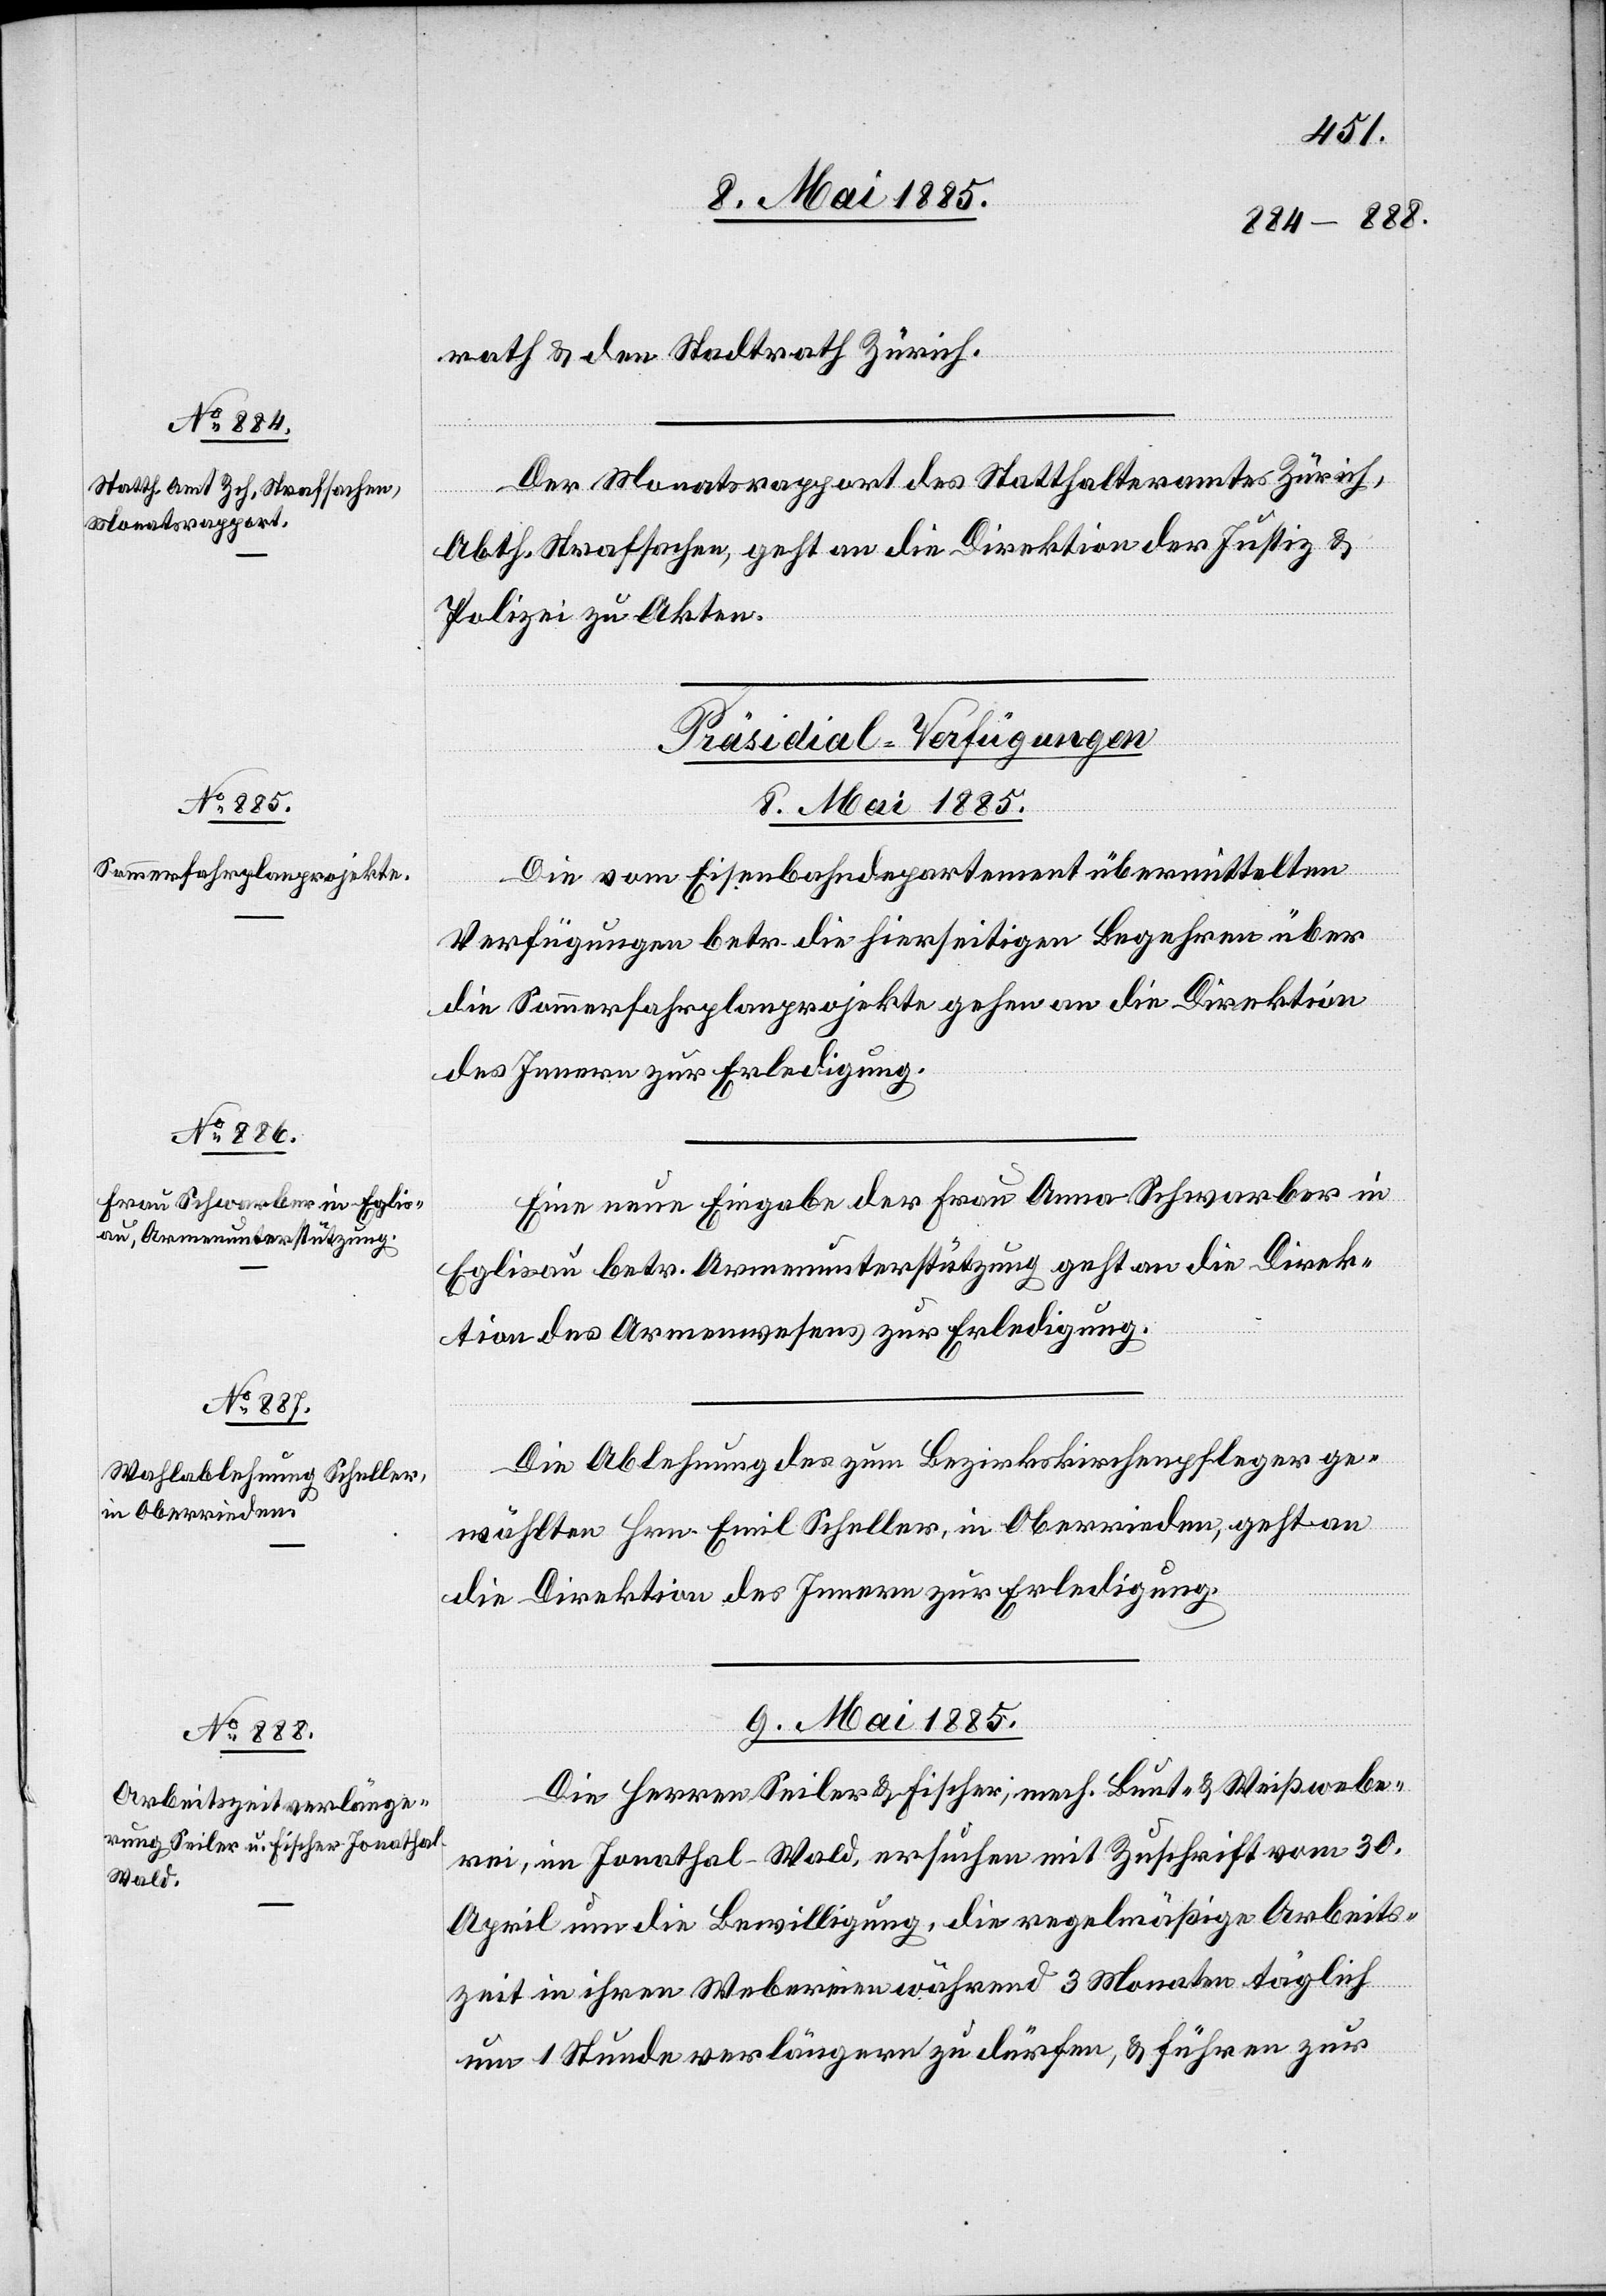
09. Mai 1885.
rath & den Stadtrath Zürich.
Der Monatsrapport des Statthalteramtes Zürich
Abth. Strafsachen, geht an die Direktion der Justiz &
Polizei zu Akten.
[Präsidial-Verfügungen.]
8. Mai 1885.
Die vom Eisenbahndepartement übermittelten
Verfügungen betr. die hierseitigen Begehren über
die Sommerfahrplanprojekte gehen an die Direktion
des Innern zur Erledigung.
Eine neue Eingabe der Frau Anna Schwarber in
Eglisau betr. Armenunterstützung geht an die Direk¬
tion des Armenwesens zur Erledigung.
Die Ablehnung des zum Bezirkskirchenpfleger ge¬
wählten Hrn. Emil Scheller, in Oberrieden, geht an
die Direktion des Innern zur Erledigung.
Die Herren Seiler & Fischer, mech. Bunt- & Weißwebe¬
rei, im Jonathal - Wald, ersuchen mit Zuschrift vom 30.
April um die Bewilligung, die regelmäßige Arbeits¬
zeit in ihren Webereien während 3 Monaten täglich
um 1 Stunde verlängern zu dürfen, & führen zur